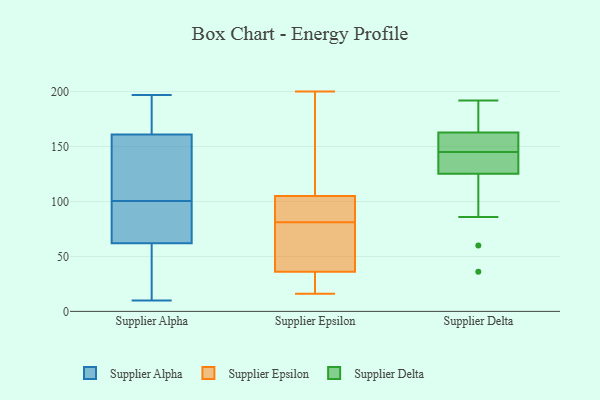
{"axis": {"x": "Active Users", "y": "Value"}, "legend": ["Supplier Alpha", "Supplier Delta", "Supplier Epsilon"], "data": [{"x": "", "y": 10, "type": "Supplier Alpha"}, {"x": "", "y": 93, "type": "Supplier Alpha"}, {"x": "", "y": 150, "type": "Supplier Alpha"}, {"x": "", "y": 158, "type": "Supplier Alpha"}, {"x": "", "y": 40, "type": "Supplier Alpha"}, {"x": "", "y": 164, "type": "Supplier Alpha"}, {"x": "", "y": 90, "type": "Supplier Alpha"}, {"x": "", "y": 57, "type": "Supplier Alpha"}, {"x": "", "y": 185, "type": "Supplier Alpha"}, {"x": "", "y": 47, "type": "Supplier Alpha"}, {"x": "", "y": 197, "type": "Supplier Alpha"}, {"x": "", "y": 63, "type": "Supplier Alpha"}, {"x": "", "y": 114, "type": "Supplier Alpha"}, {"x": "", "y": 108, "type": "Supplier Alpha"}, {"x": "", "y": 192, "type": "Supplier Alpha"}, {"x": "", "y": 152, "type": "Supplier Alpha"}, {"x": "", "y": 167, "type": "Supplier Alpha"}, {"x": "", "y": 81, "type": "Supplier Alpha"}, {"x": "", "y": 61, "type": "Supplier Alpha"}, {"x": "", "y": 85, "type": "Supplier Alpha"}, {"x": "", "y": 32, "type": "Supplier Epsilon"}, {"x": "", "y": 112, "type": "Supplier Epsilon"}, {"x": "", "y": 85, "type": "Supplier Epsilon"}, {"x": "", "y": 16, "type": "Supplier Epsilon"}, {"x": "", "y": 100, "type": "Supplier Epsilon"}, {"x": "", "y": 40, "type": "Supplier Epsilon"}, {"x": "", "y": 16, "type": "Supplier Epsilon"}, {"x": "", "y": 101, "type": "Supplier Epsilon"}, {"x": "", "y": 109, "type": "Supplier Epsilon"}, {"x": "", "y": 49, "type": "Supplier Epsilon"}, {"x": "", "y": 99, "type": "Supplier Epsilon"}, {"x": "", "y": 200, "type": "Supplier Epsilon"}, {"x": "", "y": 20, "type": "Supplier Epsilon"}, {"x": "", "y": 189, "type": "Supplier Epsilon"}, {"x": "", "y": 77, "type": "Supplier Epsilon"}, {"x": "", "y": 66, "type": "Supplier Epsilon"}, {"x": "", "y": 140, "type": "Supplier Delta"}, {"x": "", "y": 91, "type": "Supplier Delta"}, {"x": "", "y": 86, "type": "Supplier Delta"}, {"x": "", "y": 139, "type": "Supplier Delta"}, {"x": "", "y": 145, "type": "Supplier Delta"}, {"x": "", "y": 145, "type": "Supplier Delta"}, {"x": "", "y": 60, "type": "Supplier Delta"}, {"x": "", "y": 155, "type": "Supplier Delta"}, {"x": "", "y": 185, "type": "Supplier Delta"}, {"x": "", "y": 136, "type": "Supplier Delta"}, {"x": "", "y": 36, "type": "Supplier Delta"}, {"x": "", "y": 156, "type": "Supplier Delta"}, {"x": "", "y": 147, "type": "Supplier Delta"}, {"x": "", "y": 129, "type": "Supplier Delta"}, {"x": "", "y": 192, "type": "Supplier Delta"}, {"x": "", "y": 165, "type": "Supplier Delta"}, {"x": "", "y": 183, "type": "Supplier Delta"}, {"x": "", "y": 170, "type": "Supplier Delta"}, {"x": "", "y": 124, "type": "Supplier Delta"}]}